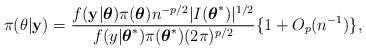
LaTeX: \begin{align*}\pi(\theta | \mathbf{y})=\frac{f(\mathbf{y} | \boldsymbol{\theta})\pi(\boldsymbol{\theta}) n^{-p/2} | I(\boldsymbol{\theta}^{*})|^{1/2}}{f(y | \boldsymbol{\theta}^{*})\pi(\boldsymbol{\theta}^{*})(2 \pi)^{p/2}}\{1+O_{p}(n^{-1})\},\end{align*}